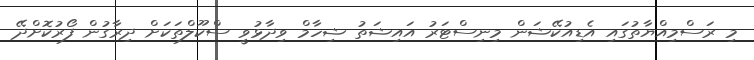
މި ރަސްމިއްޔާތުގައި އެޑިއުކޭޝަން މިނިސްޓަރު އައިޝަތު ޝިހާމް ވިދާޅުވީ ސްކޫލްތަކަށް ދިރާގުން ފޯރުކޮށްދޭ